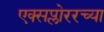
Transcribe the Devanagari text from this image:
एक्सप्लोररच्या